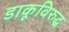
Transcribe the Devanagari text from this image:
डाकूविरुद्ध